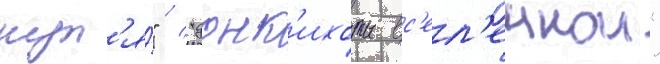
нул'я́" / "донк'ихоты вс'ел'еннои"